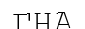
ГНА